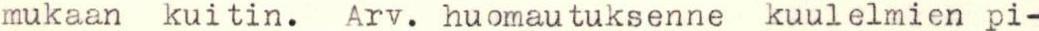
mukaan kuitin. Arv. huomautuksenne kuulelmien pi-